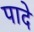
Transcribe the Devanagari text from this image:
पादे